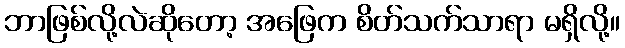
ဘာဖြစ်လို့လဲဆိုတော့ အဖြေက စိတ်သက်သာရာ မရှိလို့။